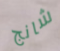
شانج